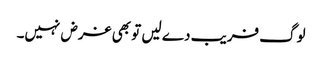
لوگ فریب دے لیں تو بھی غرض نہیں۔